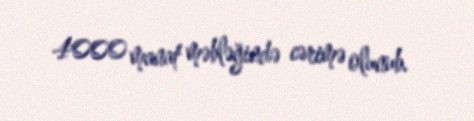
4000 manat məbləğində cərimə olunub.